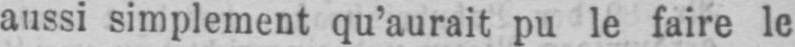
aussi simplement qu’aurait pu le faire le